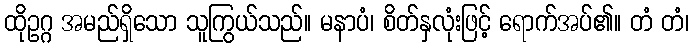
ထိုဥဂ္ဂ အမည်ရှိသော သူကြွယ်သည်။ မနာပံ၊ စိတ်နှလုံးဖြင့် ရောက်အပ်၏။ တံ တံ၊